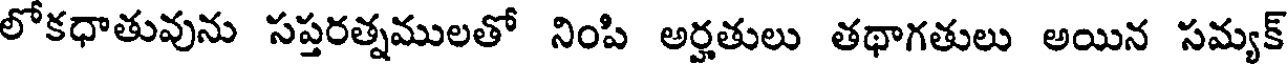
లోకధాతువును సప్తరత్నములతో నింపి అర్హతులు తథాగతులు అయిన సమ్యక్